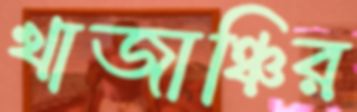
খাজাঞ্চির